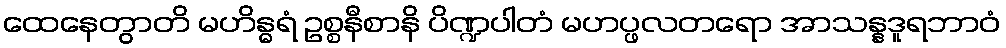
ထေနေတွာတိ မဟိန္ဓရံ ဥစ္စနီစာနိ ပိဏ္ဍပါတံ မဟပ္ဖလတရော အာသန္နဒူရဘာဝံ